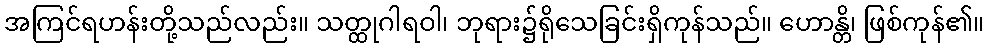
အကြင်ရဟန်းတို့သည်လည်း။ သတ္ထုဂါရဝါ၊ ဘုရား၌ရိုသေခြင်းရှိကုန်သည်။ ဟောန္တိ၊ ဖြစ်ကုန်၏။